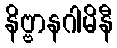
နိဗ္ဗာနဂါမိနီ